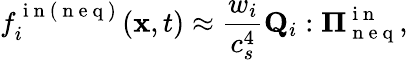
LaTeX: f_{i}^{\mathrm{~i~n~(~n~e~q~)~}}(\mathbf{x},t)\approx\frac{w_{i}}{c_{s}^{4}}\mathbf{Q}_{i}:\mathbf{\Pi}_{\mathrm{~n~e~q~}}^{\mathrm{~i~n~}},